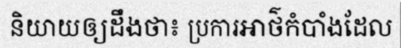
និយាយឲ្យដឹងថា៖ ប្រការអាថ៌កំបាំងដែល